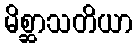
မိစ္ဆာသတိယာ